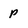
Character: p